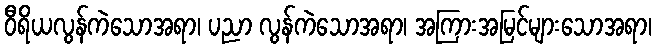
ဝီရိယလွန်ကဲသောအရာ၊ ပညာ လွန်ကဲသောအရာ၊ အကြားအမြင်များသောအရာ၊